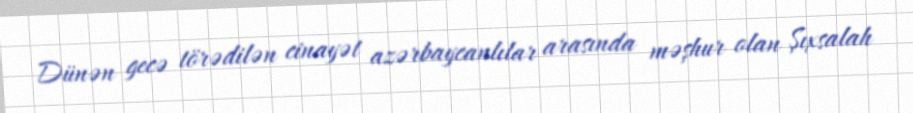
Dünən gecə törədilən cinayət azərbaycanlılar arasında məşhur olan Şıxsalah